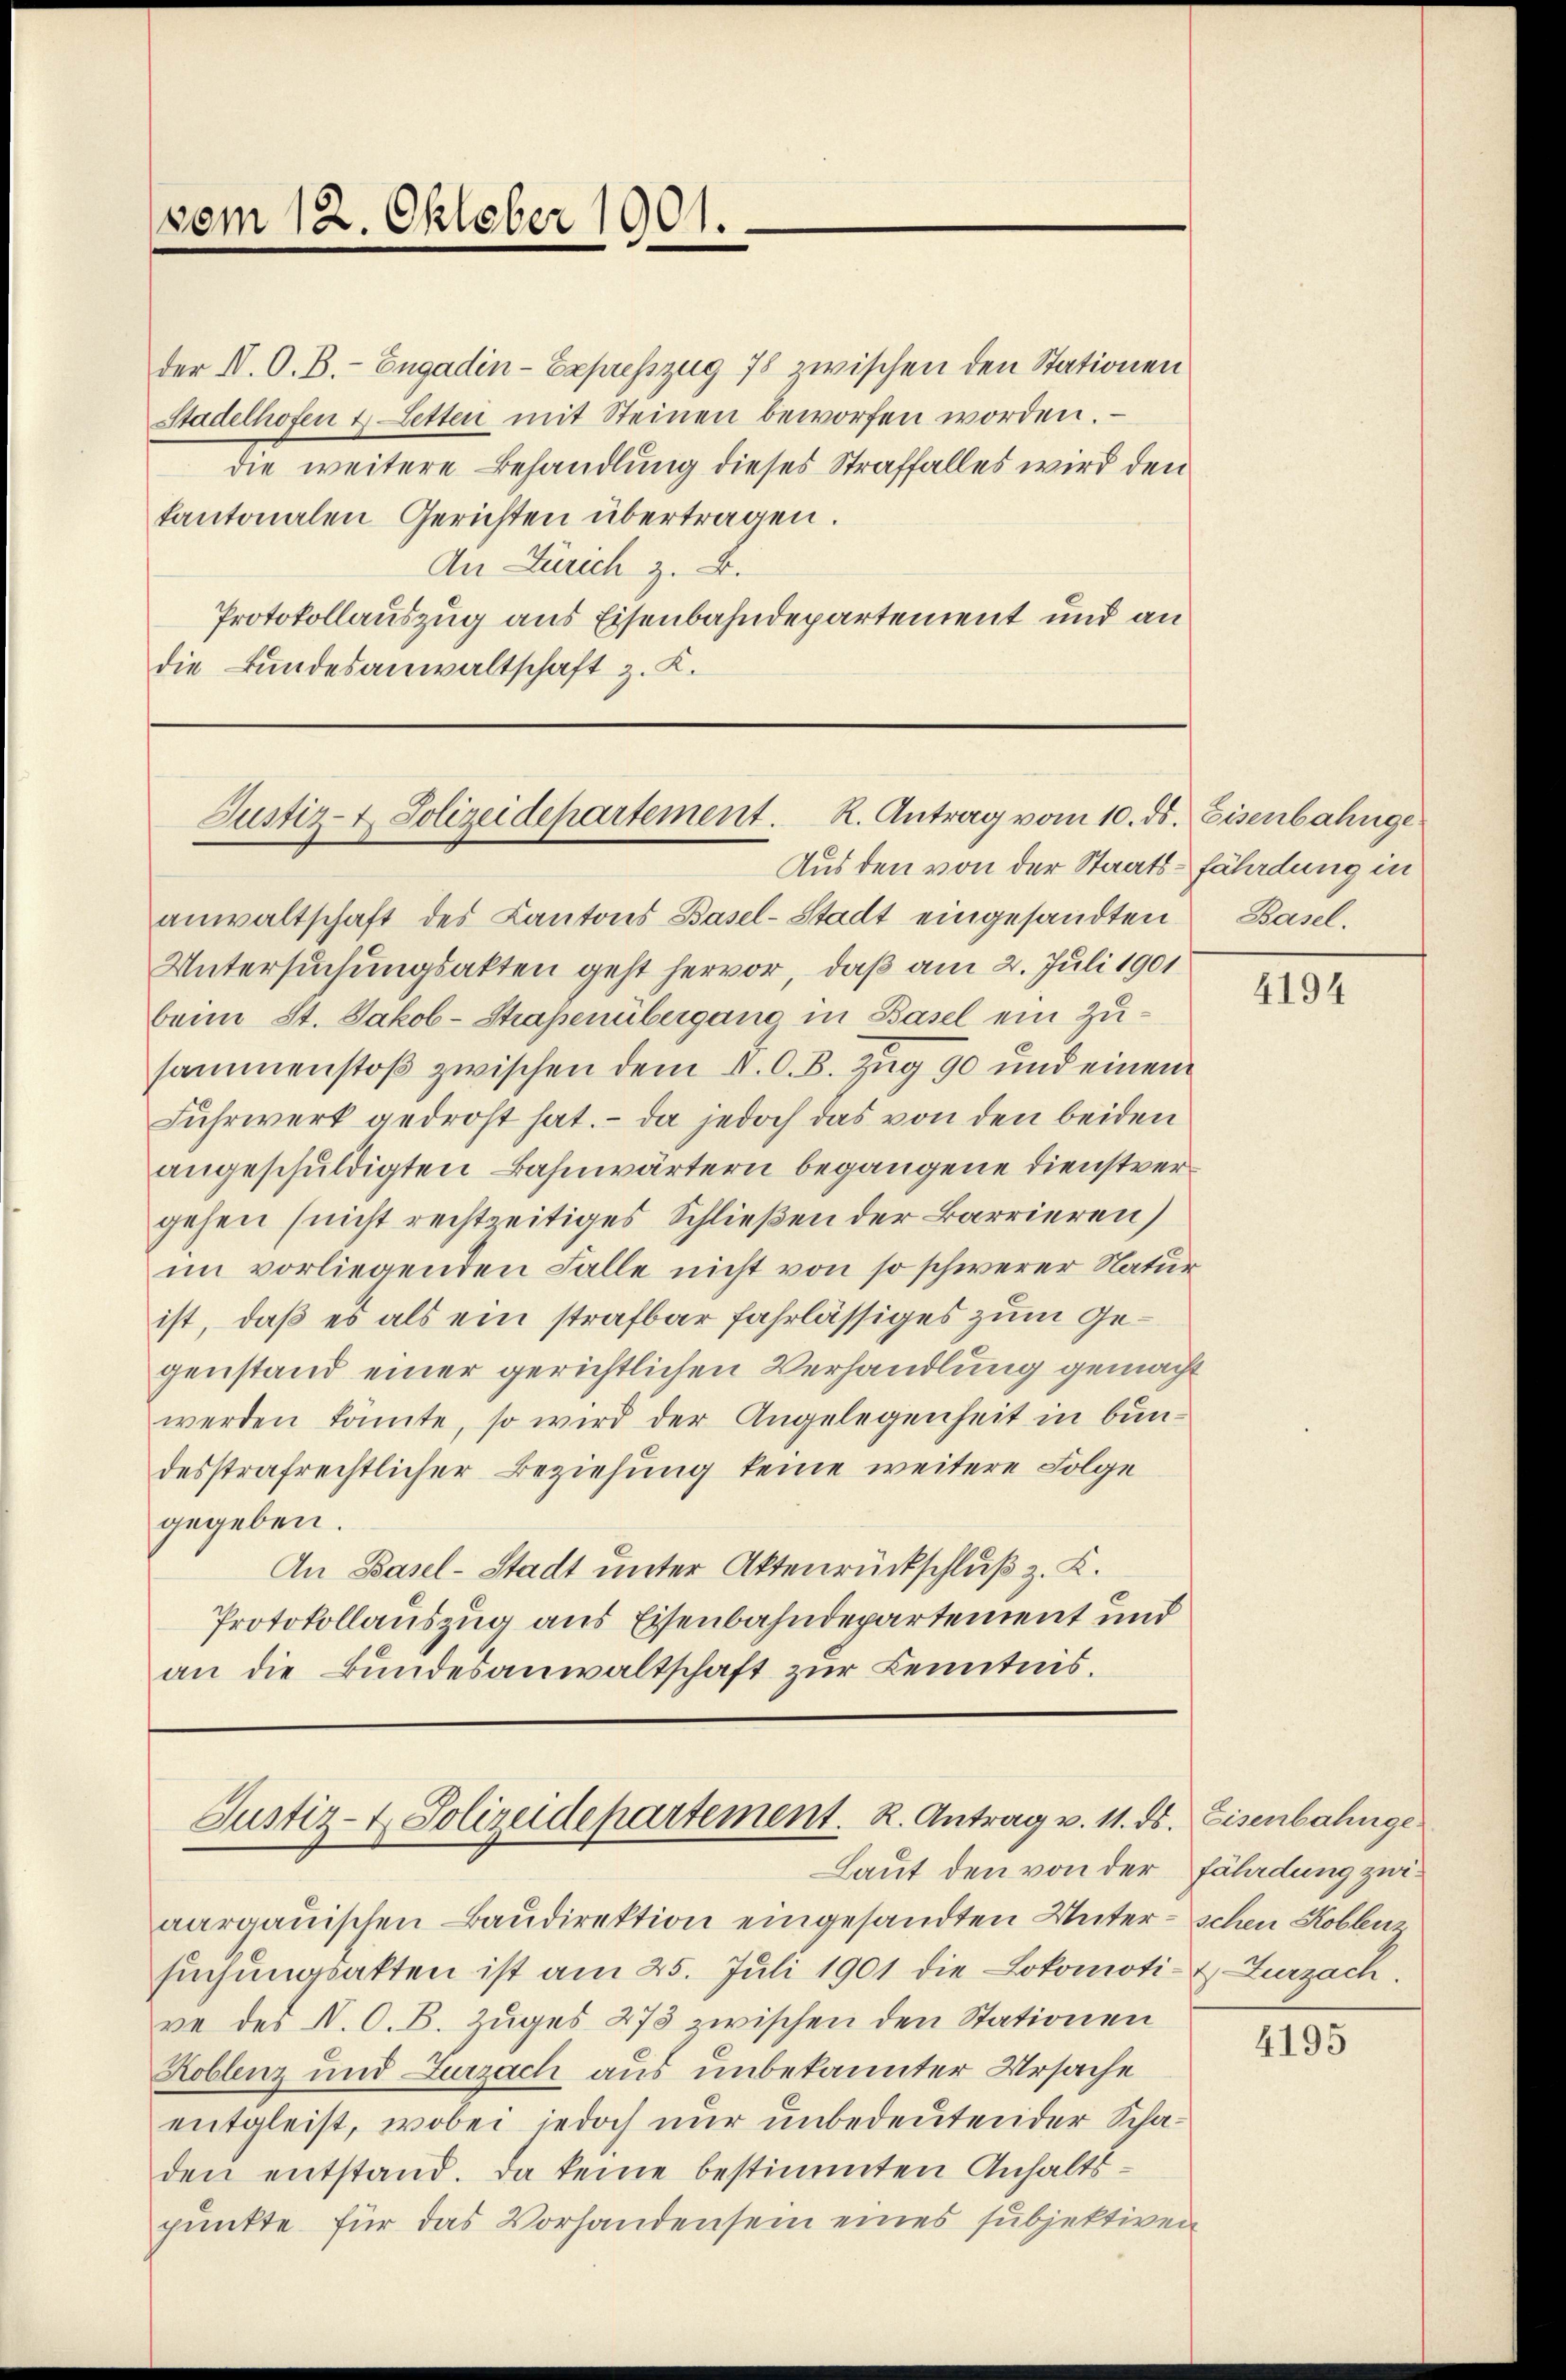
vom 12. Oktober 1901.

der V. O. B. - Engadin-Expresszug 78 zwischen den Stationen
Stadelhofen & Letten mit Steinen beworfen worden.
die weitere Behandlung dieses Straffalles wird den
kantonalen Gerichten übertragen.
An Zürich z. B.
Protokollauszug aus Eisenbahndepartement und an
die Bundesanwaltschaft z. K.

Justiz- & Polizeidepartement. K. Antrag vom 10. ds.

Justiz- & Polizeidepartement. R. Antrag v. 11. ds.
Laut den von der Fährdung zwi¬

Aus den von der Staats-fährdung in
anwaltschaft des Kantons Basel-Stadt eingesandten
Untersuchungsakten geht hervor, daß am 2. Juli 1901
beim St. Jakob-Straßenübergang in Basel ein Zusammenstoß zwischen dem N. O. B. Zug 90 und einem
Fuhrwerk gedroht hat. - Da jedoch das von den beiden
angeschuldigten Bahnwärtern begangene Dienstvergehen (nicht rechtzeitiges Schließen der Barrieren)
im vorliegenden Falle nicht von so schwerer Natur
ist, daß es als ein strafbar fahrlässiges zum Gegenstand einer gerichtlichen Verhandlung gemacht
werden könnte, so wird der Angelegenheit in bundesstrafrechtlicher Beziehung keine weitere Folge
gegeben.
An Basel-Stadt unter Aktenrückschluß z. K.
Protokollauszug aus Eisenbahndepartement und
an die Bundesanwaltschaft zur Kenntnis.

aargauischen Baudirektion eingesandten Unter - schen Koblenz
sŭchŭngsakten ist am 25. Juli 1901 die Lokomoti-&-Zurzach.
ve des N. O. B. Zuges 273 zwischen den Stationen
Koblenz und Zurzach aus unbekannter Ursache
entgleist, wobei jedoch nur unbedeutender Schaden entstand. Da keine bestimmten Anhaltspunkte für das Vorhanden sein eines subjektiven

Eisenbahnge
Basel.

4194

Eisenbahnge¬

4195